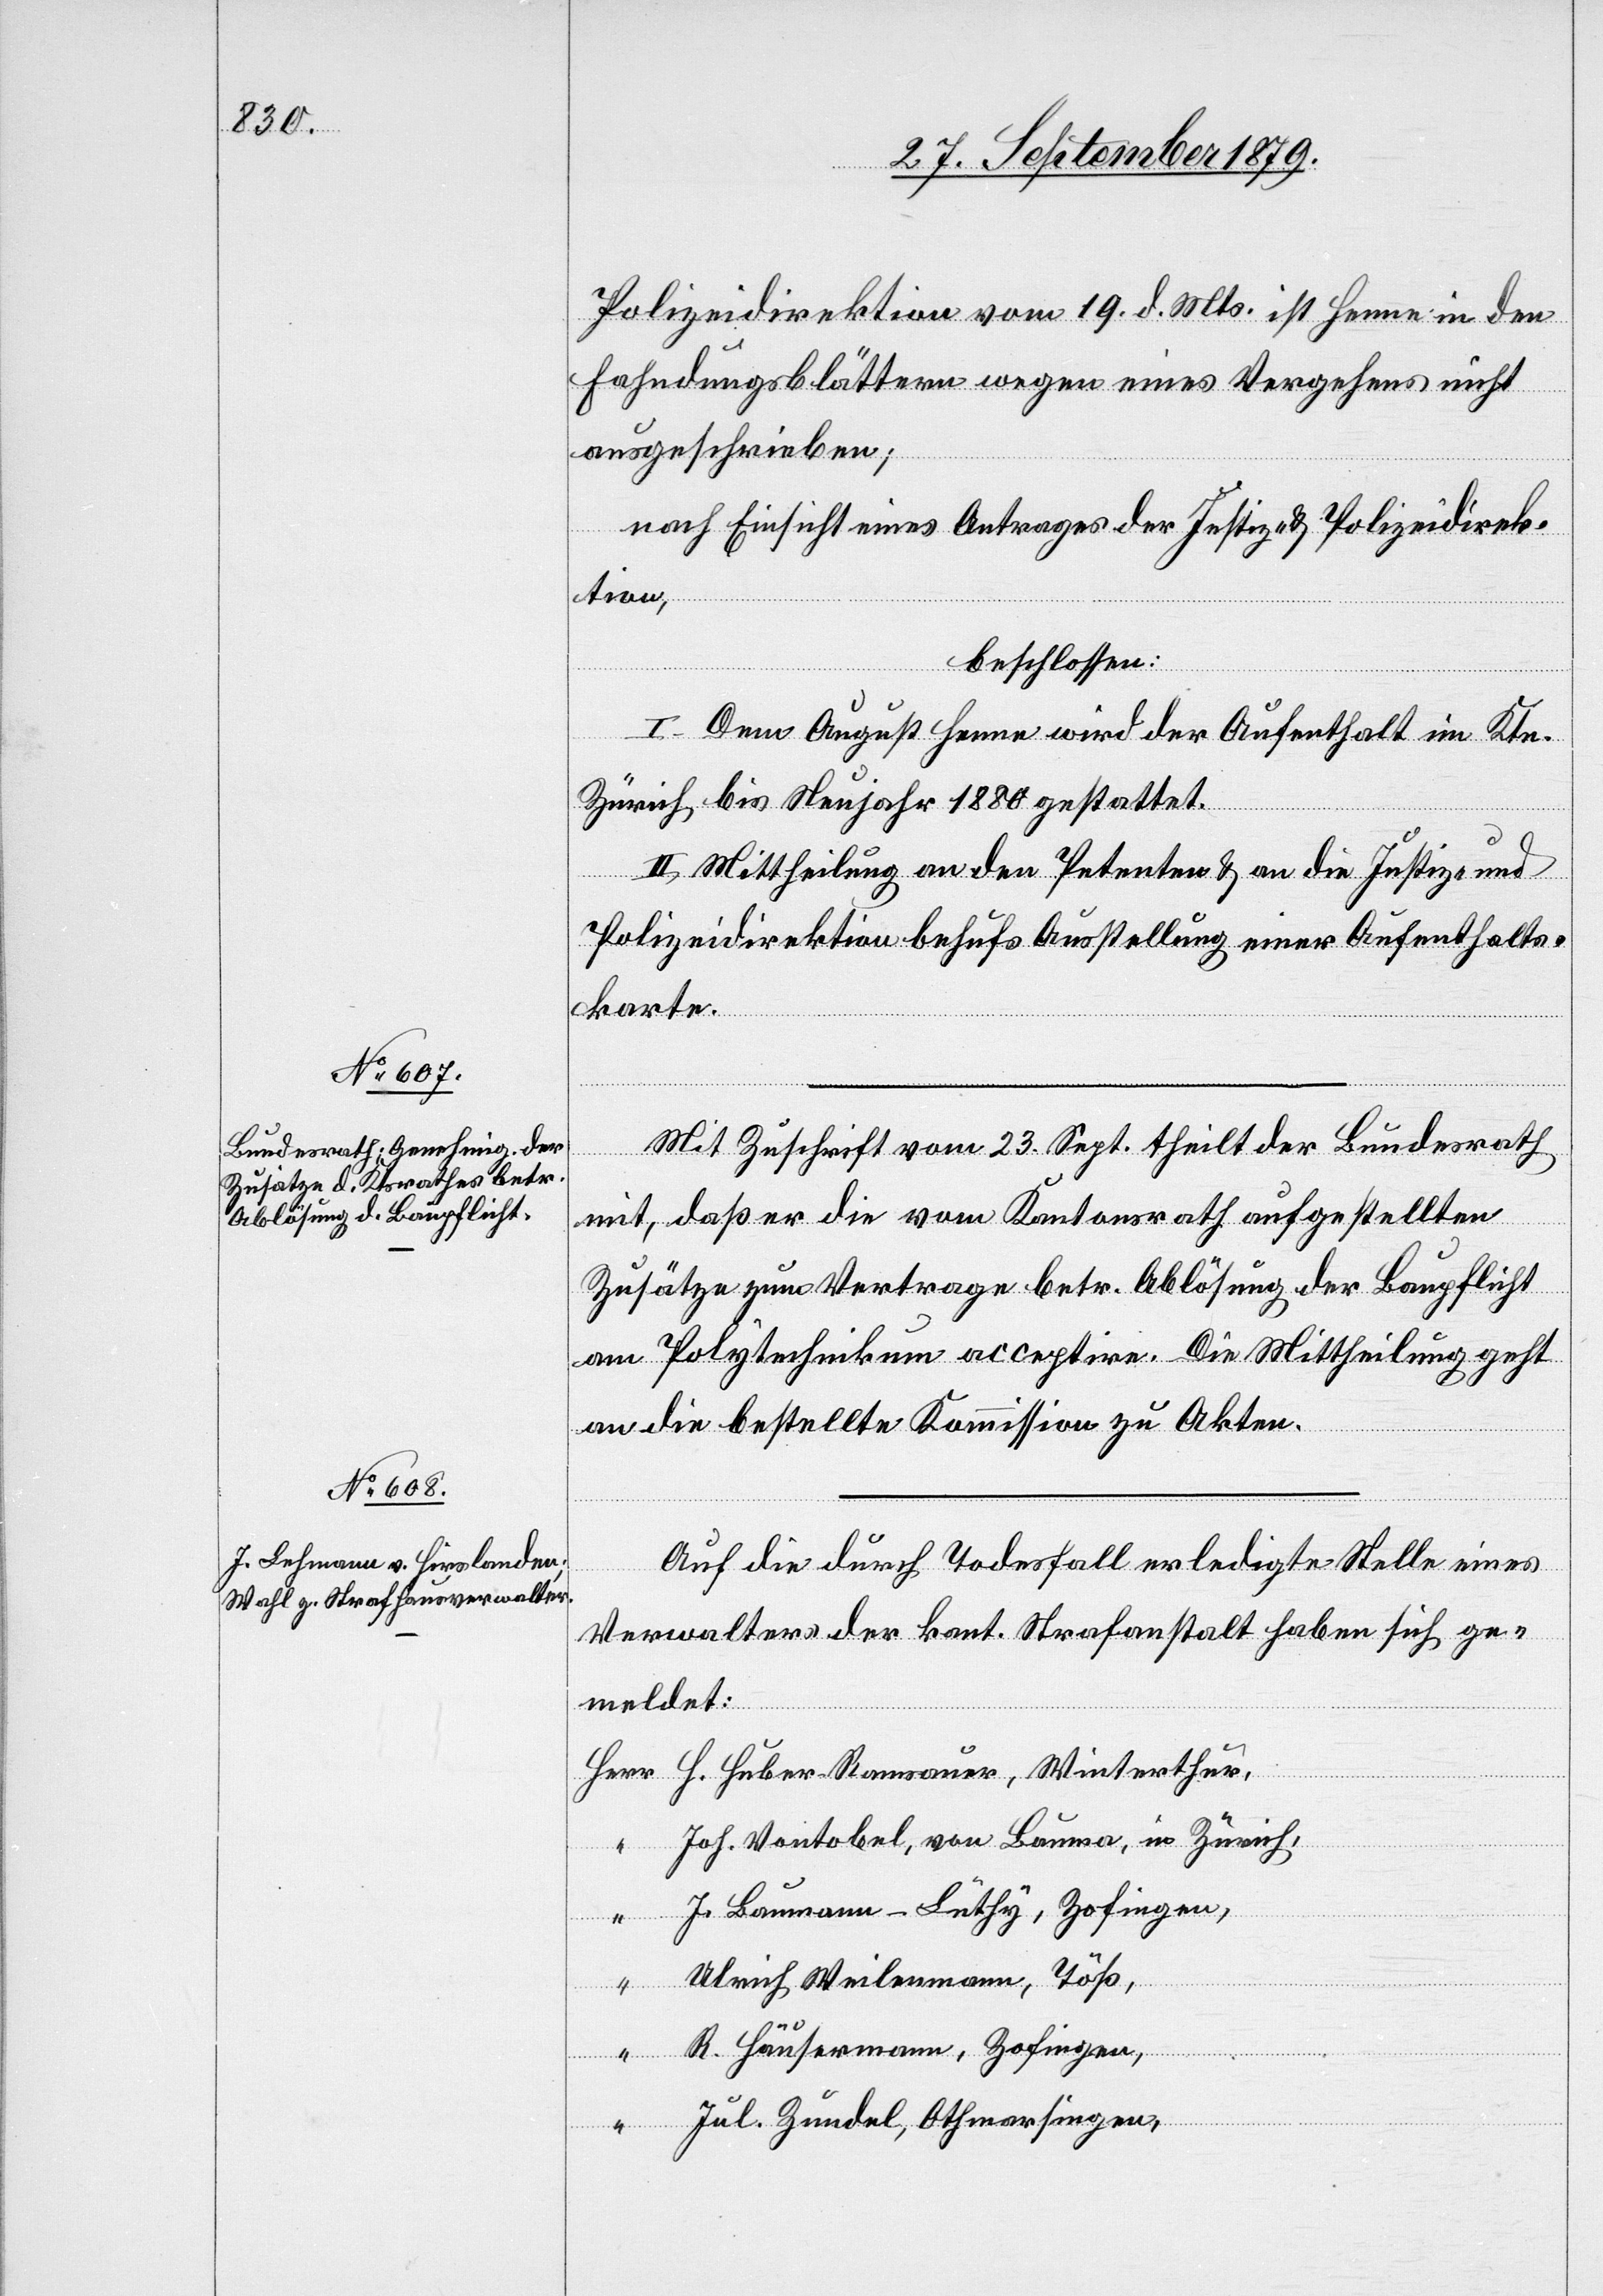
Polizeidirektion vom 19. d. Mts. ist Henne in den
Fahndungsblättern wegen eines Vergehens nicht
ausgeschrieben;
nach Einsicht eines Antrages der Justiz- & Polizeidirek¬
tion,
beschlossen:
I. Dem August Henne wird der Aufenthalt im Ktn.
Zürich bis Neujahr 1880 gestattet.
II. Mittheilung an den Petenten & an die Justiz- &
Polizeidirektion behufs Ausstellung einer Aufenthalts¬
karte.
Mit Zuschrift vom 23. Sept. theilt der Bundesrath
mit, daß er die vom Kantonsrath aufgestellten
Zusätze zum Vertrage betr. Ablösung der Baupflicht
am Polytechnikum acceptire. Die Mittheilung geht
an die bestellte Kommission zu Akten.
Auf die durch Todesfall erledigte Stelle eines
Verwalters der kant. Strafanstalt haben sich ge¬
meldet:
Herr H. Huber-Ramsauer, Winterthur,
Joh. Vontobel, von Bauma, in Zürich,
“
J. Baumann-Lüthy, Zofingen,
“
Ulrich Weilenmann, Töß,
R. Häusermann, Zofingen,
“
Jul Zundel, Othmarsingen,